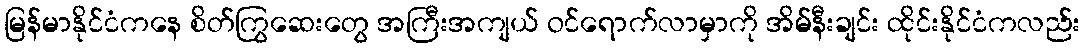
မြန်မာနိုင်ငံကနေ စိတ်ကြွဆေးတွေ အကြီးအကျယ် ဝင်ရောက်လာမှာကို အိမ်နီးချင်း ထိုင်းနိုင်ငံကလည်း